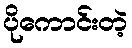
ပိုကောင်းတဲ့